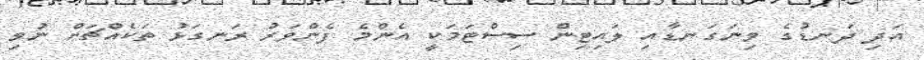
އަދި ދަނޑުގެ ވިނަގަނޑާއި ލައިޓިން ސިސްޓަމަކީ އެންމެ ފެންވަރު ރަނގަޅު ތަކެއްޗަށް ނުވި